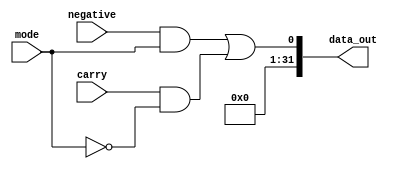
`timescale 1ns / 1ps
module ext1(
    input negative,
    input carry,
    input mode,
    output [31:0]data_out
    );
    assign data_out = {31'b0,(negative&mode) | (carry&~mode) };
endmodule